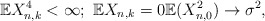
\begin{align*}\mathbb{E}X_{n,k}^{4}<\infty;~\mathbb{E}X_{n,k}=0\mathbb{E}(X_{n,0}^{2})\rightarrow\sigma^{2}, \end{align*}